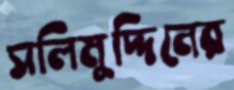
সলিমুদ্দিনের